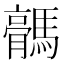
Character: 𱼥